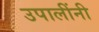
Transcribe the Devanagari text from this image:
उपालींनी